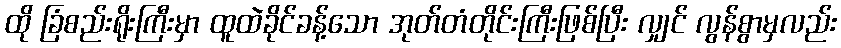
ထို ခြံစည်းရိုးကြီးမှာ ထူထဲခိုင်ခန့်သော အုတ်တံတိုင်းကြီးဖြစ်ပြီး လျှင် လွန်စွာမှလည်း